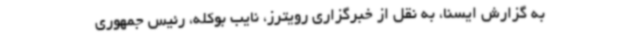
به گزارش ایسنا، به نقل از خبرگزاری رویترز، نایب بوکله، رئیس جمهوری